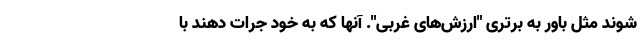
شوند مثل باور به برتری "ارزش‌های غربی". آنها که به خود جرات دهند با